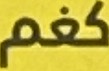
كغم